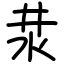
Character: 汬